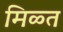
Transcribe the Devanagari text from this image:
मिळ्त